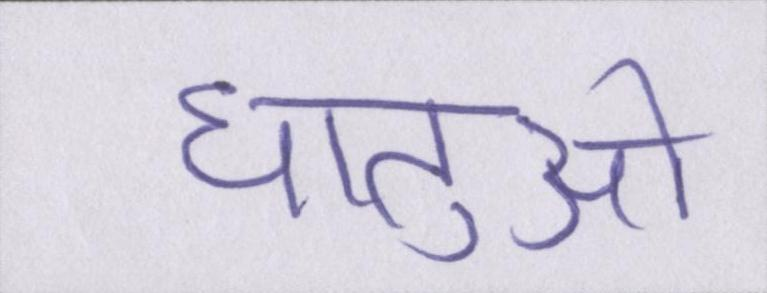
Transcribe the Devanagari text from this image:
धातुओं